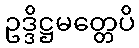
ဥဒ္ဒိဋ္ဌမတ္တေပိ